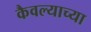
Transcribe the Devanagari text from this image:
कैवल्याच्या